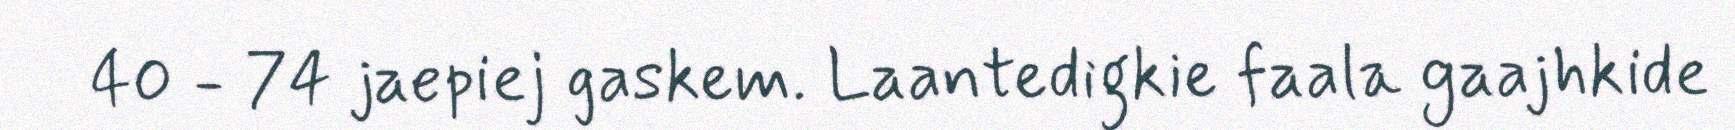
40 - 74 jaepiej gaskem. Laantedigkie faala gaajhkide